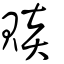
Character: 賧